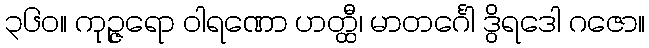
၃၆၀။ ကုဉ္ဇရော ဝါရဏော ဟတ္ထီ၊ မာတင်္ဂေါ ဒွိရဒေါ ဂဇော။